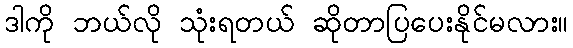
ဒါကို ဘယ်လို သုံးရတယ် ဆိုတာပြပေးနိုင်မလား။